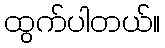
ထွက်ပါတယ်။